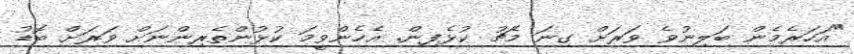
"އަހަރެމެން ބަލިނުވެ ވަރަށް ގިނަ މެޗު ކުޅެެފިން. އެހެންވީމަ ކުޅުންތެރިންނަށް ވަރަށް ބޮޑު